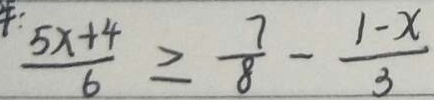
\frac { 5 x + 4 } { 6 } \geqslant \frac { 7 } { 8 } - \frac { 1 - x } { 3 }